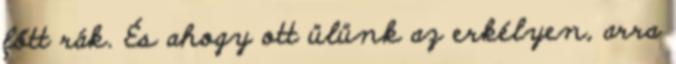
főtt rák. És ahogy ott ülünk az erkélyen, arra